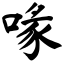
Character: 喙